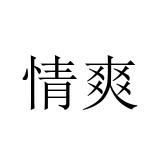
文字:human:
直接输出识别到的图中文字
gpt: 情爽